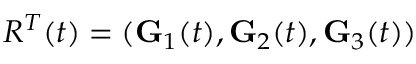
R ^ { T } ( t ) = ( { \bf G } _ { 1 } ( t ) , { \bf G } _ { 2 } ( t ) , { \bf G } _ { 3 } ( t ) )